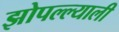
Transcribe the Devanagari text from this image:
झोपल्ल्याली